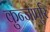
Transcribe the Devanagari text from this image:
कुन्जापुरि